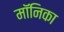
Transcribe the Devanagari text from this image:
माॅनिका